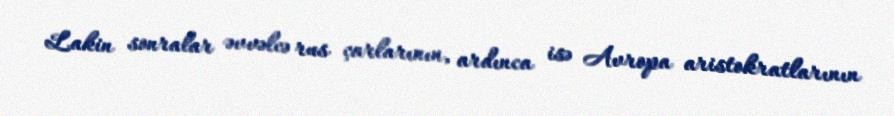
Lakin sonralar əvvəlcə rus çarlarının, ardınca isə Avropa aristokratlarının